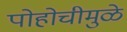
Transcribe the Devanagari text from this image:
पोहोचीमुळे